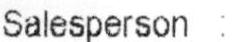
SALESPERSON: